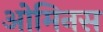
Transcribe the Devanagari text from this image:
ओमिनस